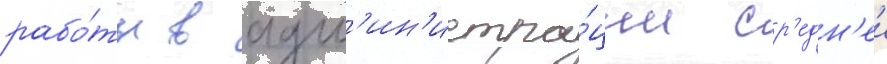
рабо́ты в адм'ин'истра́ции ср'едн'еи